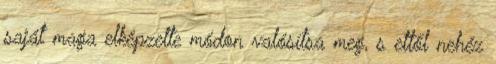
saját maga elképzelte módon valósítsa meg, s ettől nehéz